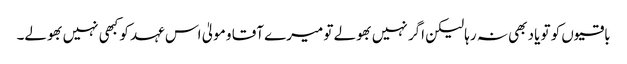
باقیوں کو تو یاد بھی نہ رہا لیکن اگر نہیں بھولے تو میرے آقا و مولیٰ اس عہد کو کبھی نہیں بھولے۔